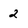
Character: 2